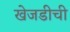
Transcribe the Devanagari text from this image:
खेजडीची